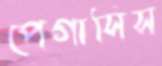
পেগাসিস